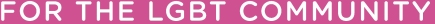
FOR THE LGBT COMMUNITY